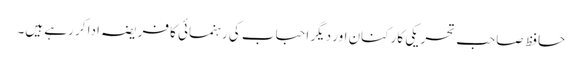
حافظ صاحب تحریکی کارکنان اور دیگر احباب کی رہنمائی کا فریضہ ادا کر رہے ہیں۔